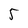
Character: 5